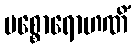
ပစ္စောရောဟဏိံ